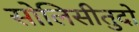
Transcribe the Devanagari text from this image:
सोलिसीतुदो